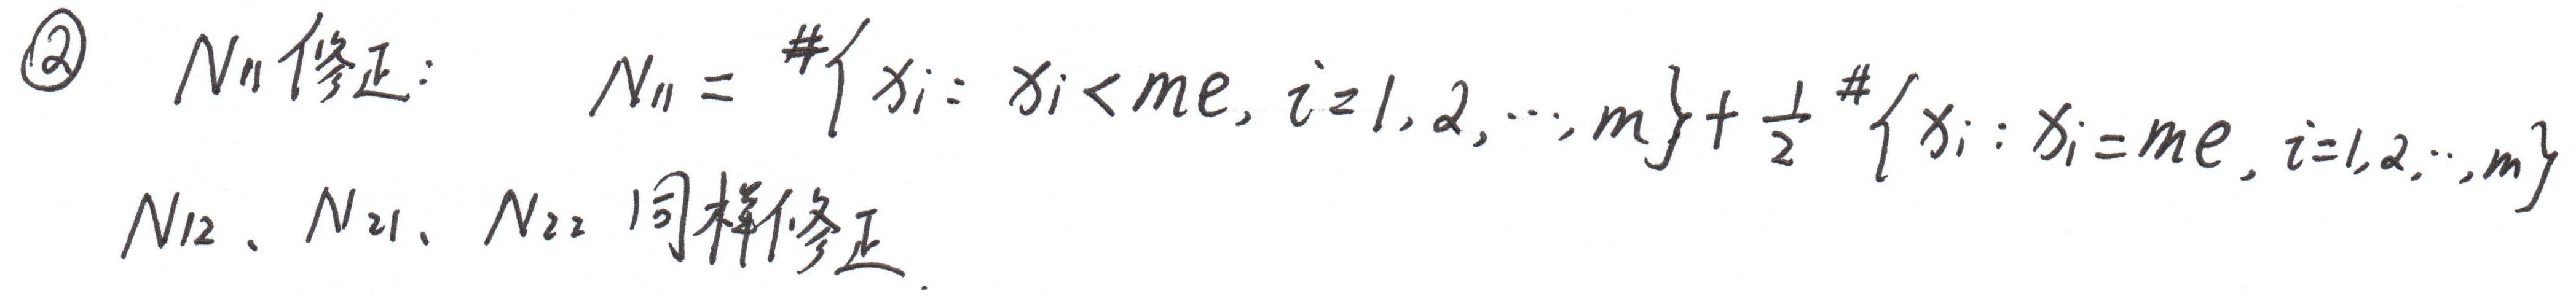
\textcircled{2} $N_{11}$修正: \quad $N_{11}=\#\{x_i: x_i<me, i = 1,2,\cdots,m\}+\frac{1}{2}\#\{x_i: x_i=me, i = 1,2,\cdots,m\}$

$N_{12}$、$N_{21}$、$N_{22}$同样修正.